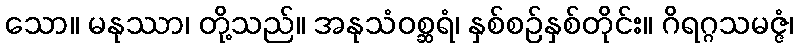
သော။ မနုဿာ၊ တို့သည်။ အနုသံဝစ္ဆရံ၊ နှစ်စဉ်နှစ်တိုင်း။ ဂိရဂ္ဂသမဇ္ဇံ၊